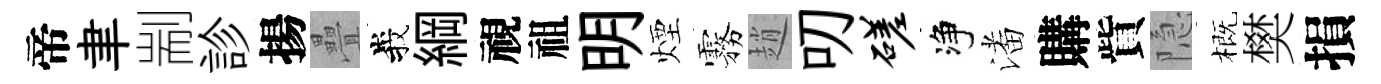
帝聿剬診揚疊峩綱視祖明煙霧趙叨磋净潘購貲隐概樊損